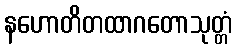
နဟောတိတထာဂတောသုတ္တံ